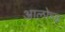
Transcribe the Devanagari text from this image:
आलोच्ह्न